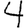
Digit: 4